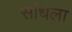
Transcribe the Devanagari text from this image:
सांधला